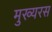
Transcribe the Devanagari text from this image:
मुख्यरस